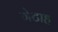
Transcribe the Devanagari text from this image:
गेटाह